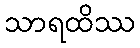
သာရထိဿ